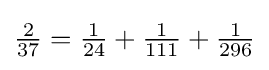
{\tfrac {2}{37}}={\tfrac {1}{24}}+{\tfrac {1}{111}}+{\tfrac {1}{296}}